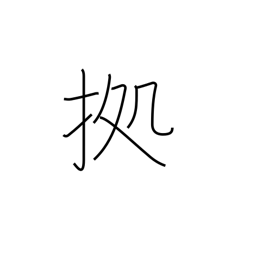
Meaning: follow